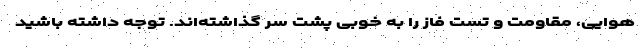
هوایی، مقاومت و تست فاز را به خوبی پشت سر گذاشته‌اند. توجه داشته باشید